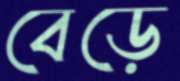
বেড়ে